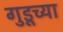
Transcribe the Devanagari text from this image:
गुडूच्या